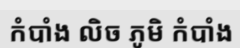
កំបាំង លិច ភូមិ កំបាំង